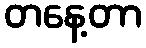
တနေ့တာ